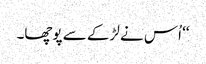
‘‘ اُس نے لڑکے سے پوچھا۔